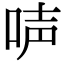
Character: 𠴢